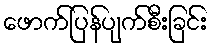
ဖောက်ပြန်ပျက်စီးခြင်း